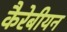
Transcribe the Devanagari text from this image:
कैरेबीयन